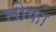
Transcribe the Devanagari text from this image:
लोफा